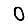
Digit: 0